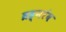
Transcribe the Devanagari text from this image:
ब्रह्मरंब